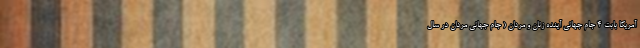
آمریکا بابت 4 جام جهانی آینده زنان و مردان ( جام جهانی مردان در سال